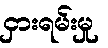
ငှားရမ်းမှု